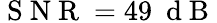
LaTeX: \mathrm{~S~N~R~}=49\ \mathrm{~d~B~}